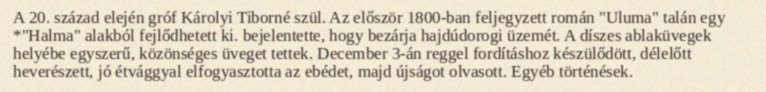
A 20. század elején gróf Károlyi Tiborné szül. Az először 1800-ban feljegyzett román "Uluma" talán egy *"Halma" alakból fejlődhetett ki. bejelentette, hogy bezárja hajdúdorogi üzemét. A díszes ablaküvegek helyébe egyszerű, közönséges üveget tettek. December 3-án reggel fordításhoz készülődött, délelőtt heverészett, jó étvággyal elfogyasztotta az ebédet, majd újságot olvasott. Egyéb történések.